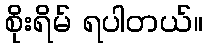
စိုးရိမ် ရပါတယ်။